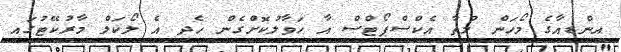
އިންޑިއާގެ މޯހަން މުތާ އެކްސްޕޯޓްސް އާ ހަވާލުކޮށްގެން ހެދި އެ ލޯކަލް މާރުކޭޓުގައި